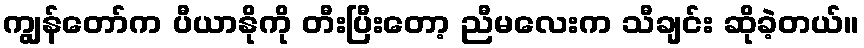
ကျွန်တော်က ပီယာနိုကို တီးပြီးတော့ ညီမလေးက သီချင်း ဆိုခဲ့တယ်။